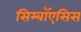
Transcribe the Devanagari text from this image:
सिम्बॉएसिस